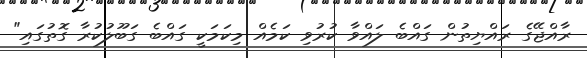
ރާއްޖޭގެ ރައްޔިތުން ގައްބެ ލައްވާ ކުރުވި ކަމެއް މިކަމަކީ ގައްބެ ގަބޫލުކުރާ ގޮތުގައި"